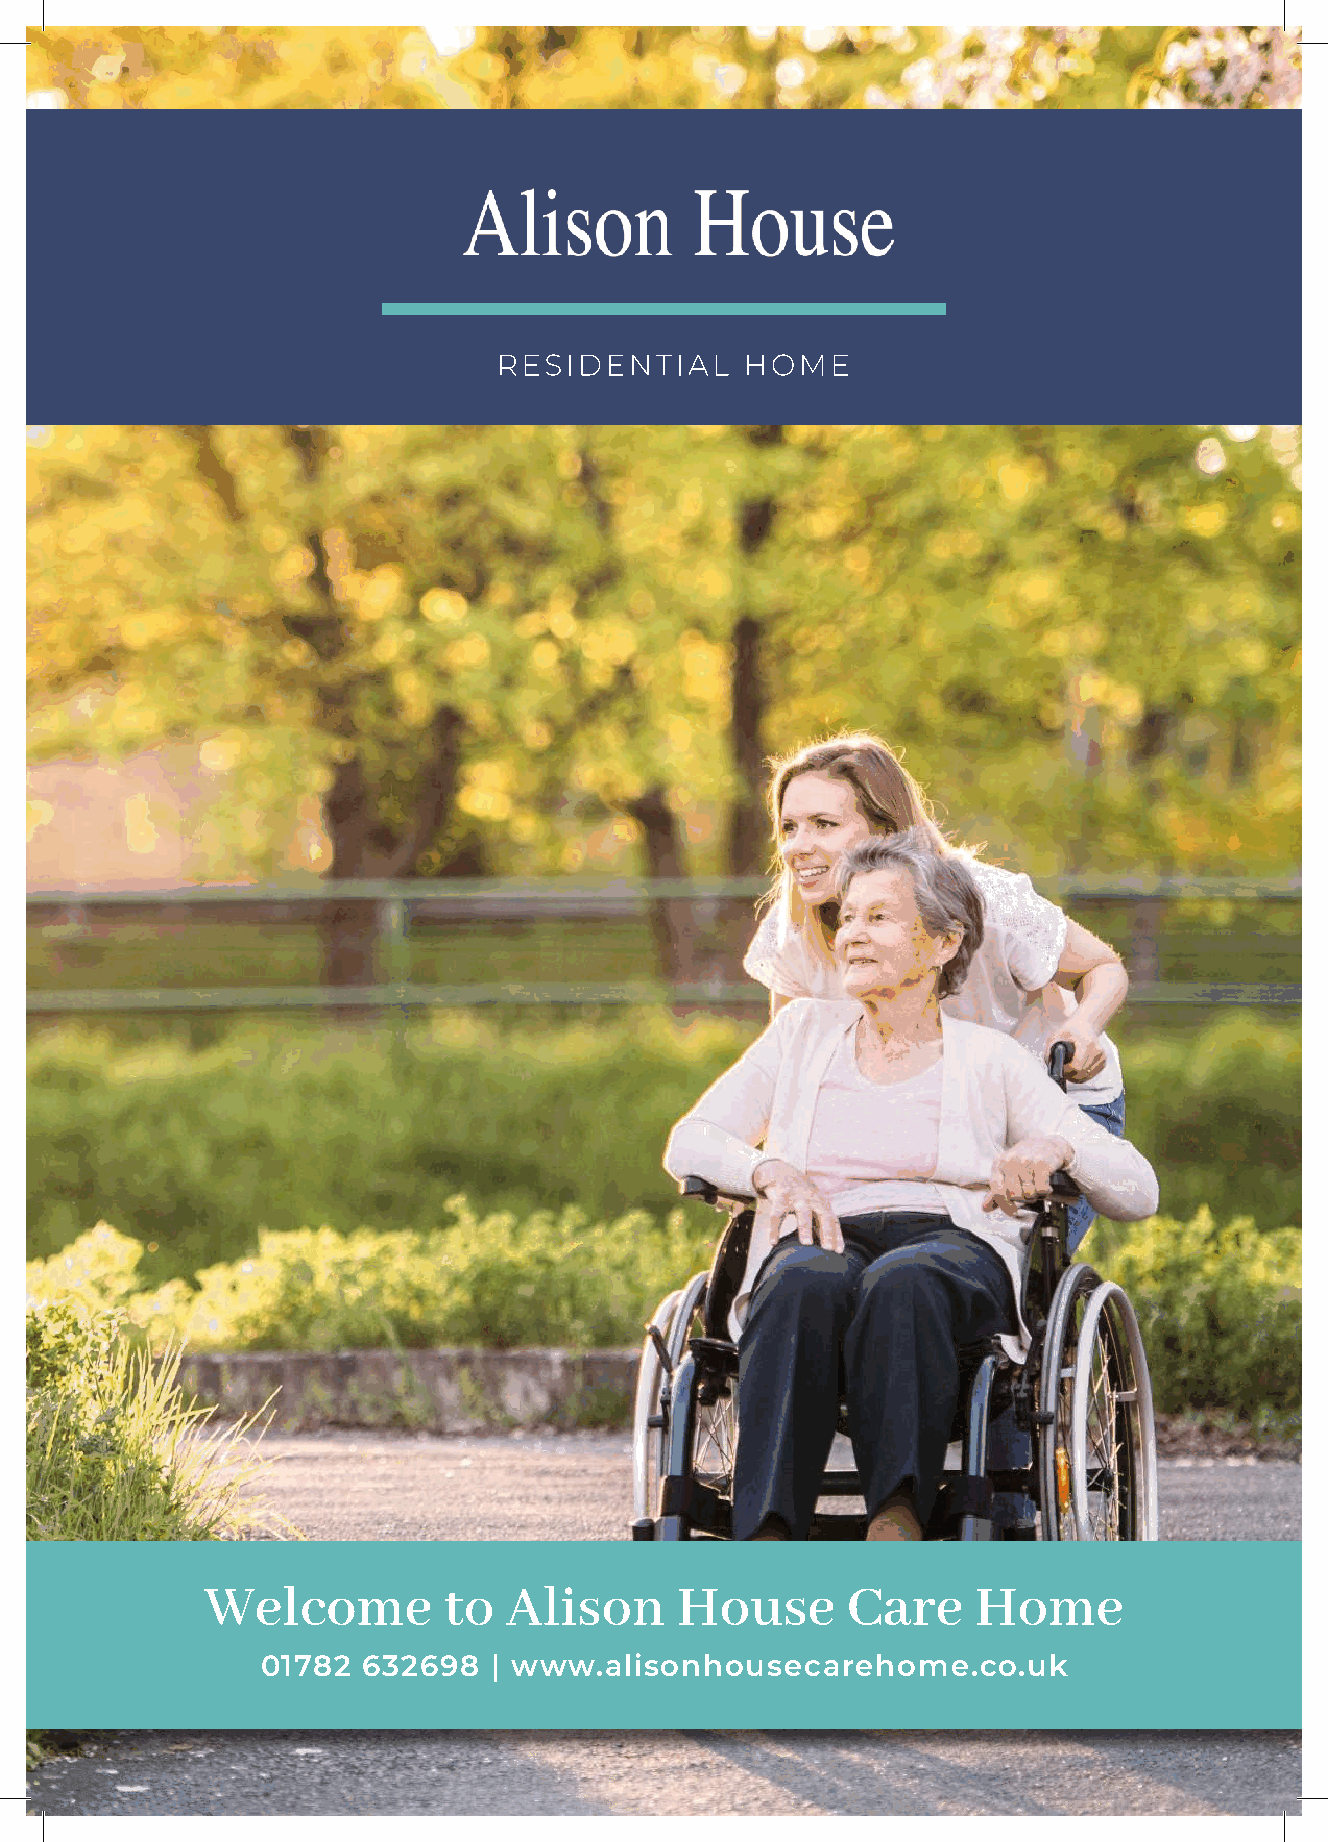
Welcome        to  Alison      House      Care     Home
 01782  632698   | www.alisonhousecarehome.co.uk